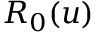
R _ { 0 } ( u )